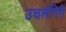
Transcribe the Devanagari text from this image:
उचलेगिरी